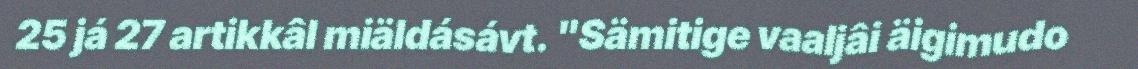
25 já 27 artikkâl miäldásávt. "Sämitige vaaljâi äigimudo